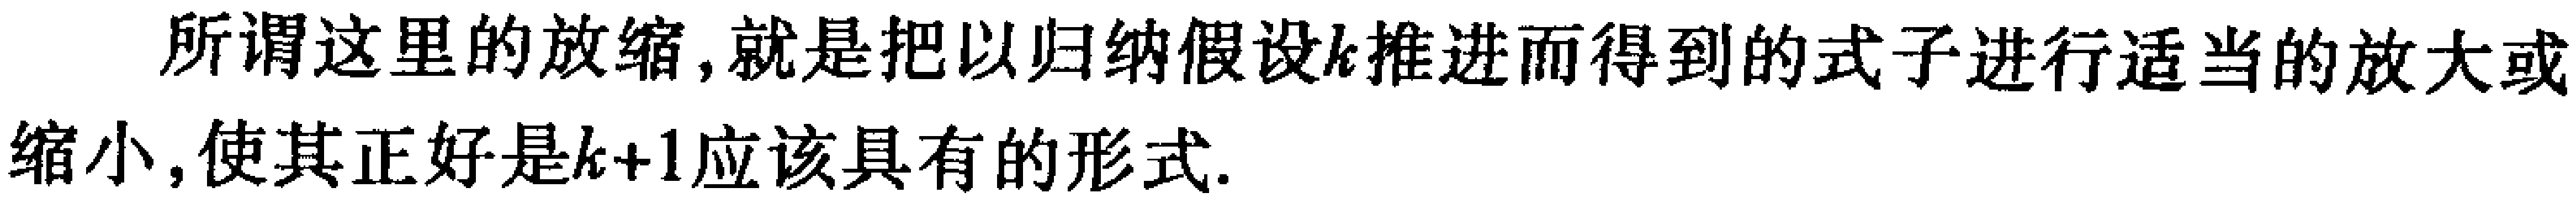
所谓这里的放缩,就是把以归纳假设\(k\)推进而得到的式子进行适当的放大或缩小,使其正好是\(k + 1\)应该具有的形式.